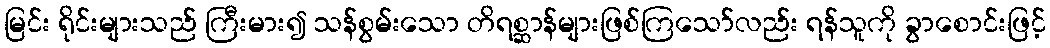
မြင်း ရိုင်းများသည် ကြီးမား၍ သန်စွမ်းသော တိရစ္ဆာန်များဖြစ်ကြသော်လည်း ရန်သူကို ခွာစောင်းဖြင့်